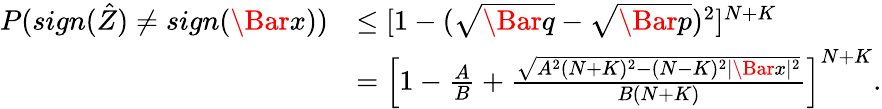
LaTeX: \begin{array}{rl}{P(sign(\hat{Z})\neq sign(\Bar{x}))}&{\leq[1-(\sqrt{\Bar{q}}-\sqrt{\Bar{p}})^{2}]^{N+K}}\\ &{=\left[1-\frac{A}{B}+\frac{\sqrt{A^{2}(N+K)^{2}-(N-K)^{2}|\Bar{x}|^{2}}}{B(N+K)}\right]^{N+K}.}\end{array}